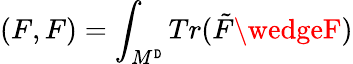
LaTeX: (F,F)=\int_{M^{\mathtt{D}}}Tr(\tilde{{F}}\wedgeF)